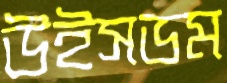
উইসডম